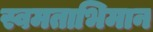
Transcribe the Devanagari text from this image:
स्वमताभिमान